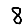
Digit: 8